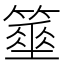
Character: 𥴓